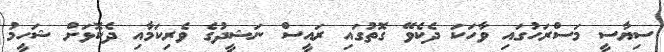
ސިޔާސީ މަސްރަހުގައި ވާހަކަ ދެކެވޭ ގޮތުގައި ރައީސް ނަޝީދުގެ ވެރިކަމާއި ދެކޮޅަށް ޝަހީމު